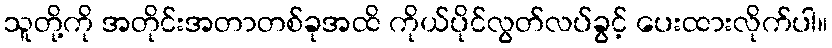
သူတို့ကို အတိုင်းအတာတစ်ခုအထိ ကိုယ်ပိုင်လွတ်လပ်ခွင့် ပေးထားလိုက်ပါ။